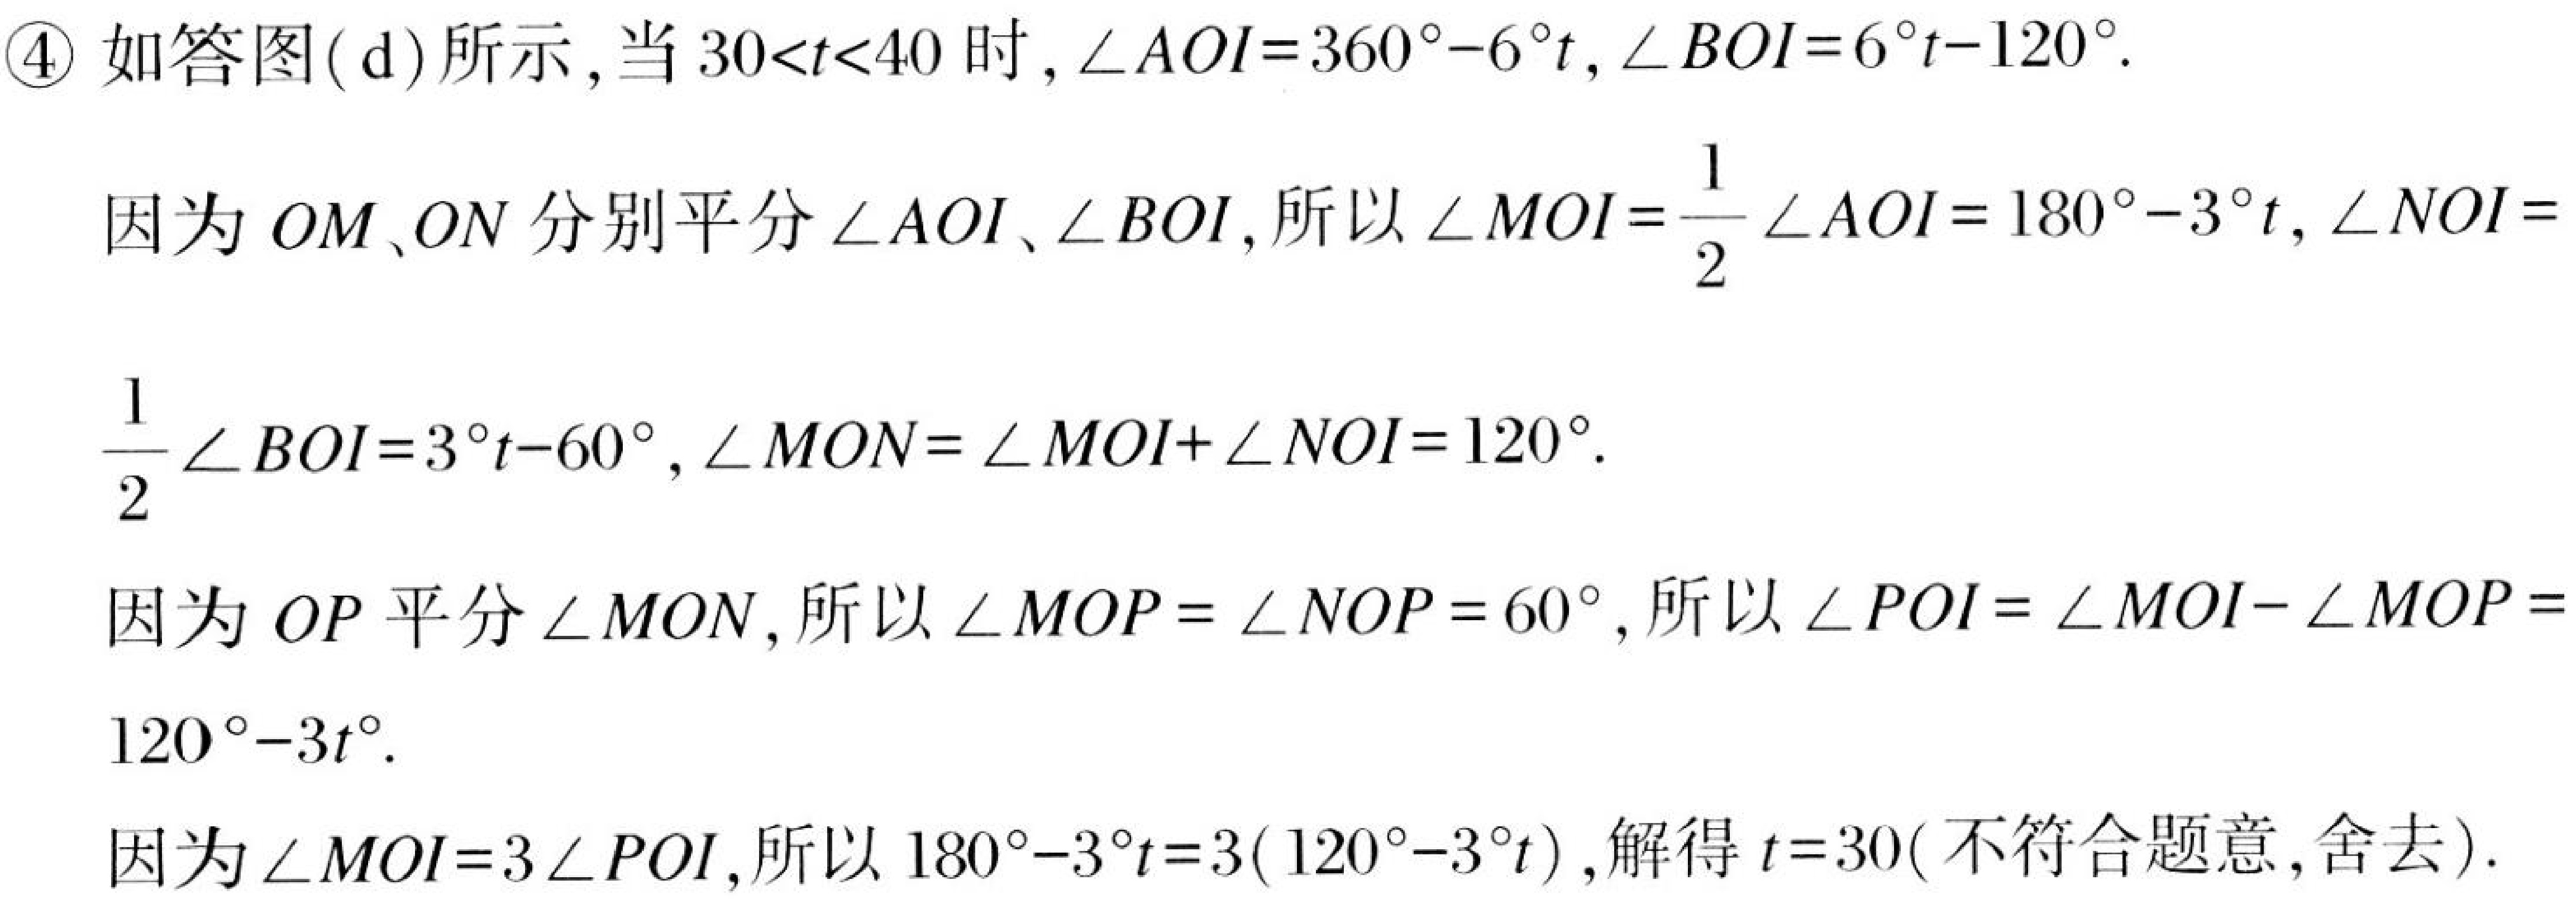
\textcircled{4} 如答图(d)所示, 当 \(30 < t < 40\) 时, \(\angle AOI = 360^{\circ}-6^{\circ}t\), \(\angle BOI = 6^{\circ}t - 120^{\circ}\).
因为 \(OM\)、\(ON\) 分别平分 \(\angle AOI\)、\(\angle BOI\), 所以 \(\angle MOI=\frac{1}{2}\angle AOI = 180^{\circ}-3^{\circ}t\), \(\angle NOI = \frac{1}{2}\angle BOI = 3^{\circ}t - 60^{\circ}\), \(\angle MON=\angle MOI+\angle NOI = 120^{\circ}\).
因为 \(OP\) 平分 \(\angle MON\), 所以 \(\angle MOP=\angle NOP = 60^{\circ}\), 所以 \(\angle POI=\angle MOI - \angle MOP = 120^{\circ}-3t^{\circ}\).
因为 \(\angle MOI = 3\angle POI\), 所以 \(180^{\circ}-3^{\circ}t = 3(120^{\circ}-3^{\circ}t)\), 解得 \(t = 30\) (不符合题意, 舍去).